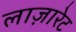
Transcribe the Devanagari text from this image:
लाज़ारेट